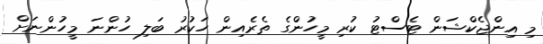
މި އިންޖެކްޝަން ޓެސްޓު ކުރި މީހުންގެ ތެރެއިން ހަކުރު ބަލި ހުންނަ މީހުންނަށް